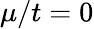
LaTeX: \mu/t=0